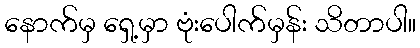
နောက်မှ ရှေ့မှာ ဗုံးပေါက်မှန်း သိတာပါ။